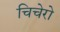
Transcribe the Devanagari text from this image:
चिचेरो